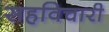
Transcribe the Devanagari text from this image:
सहविचारी